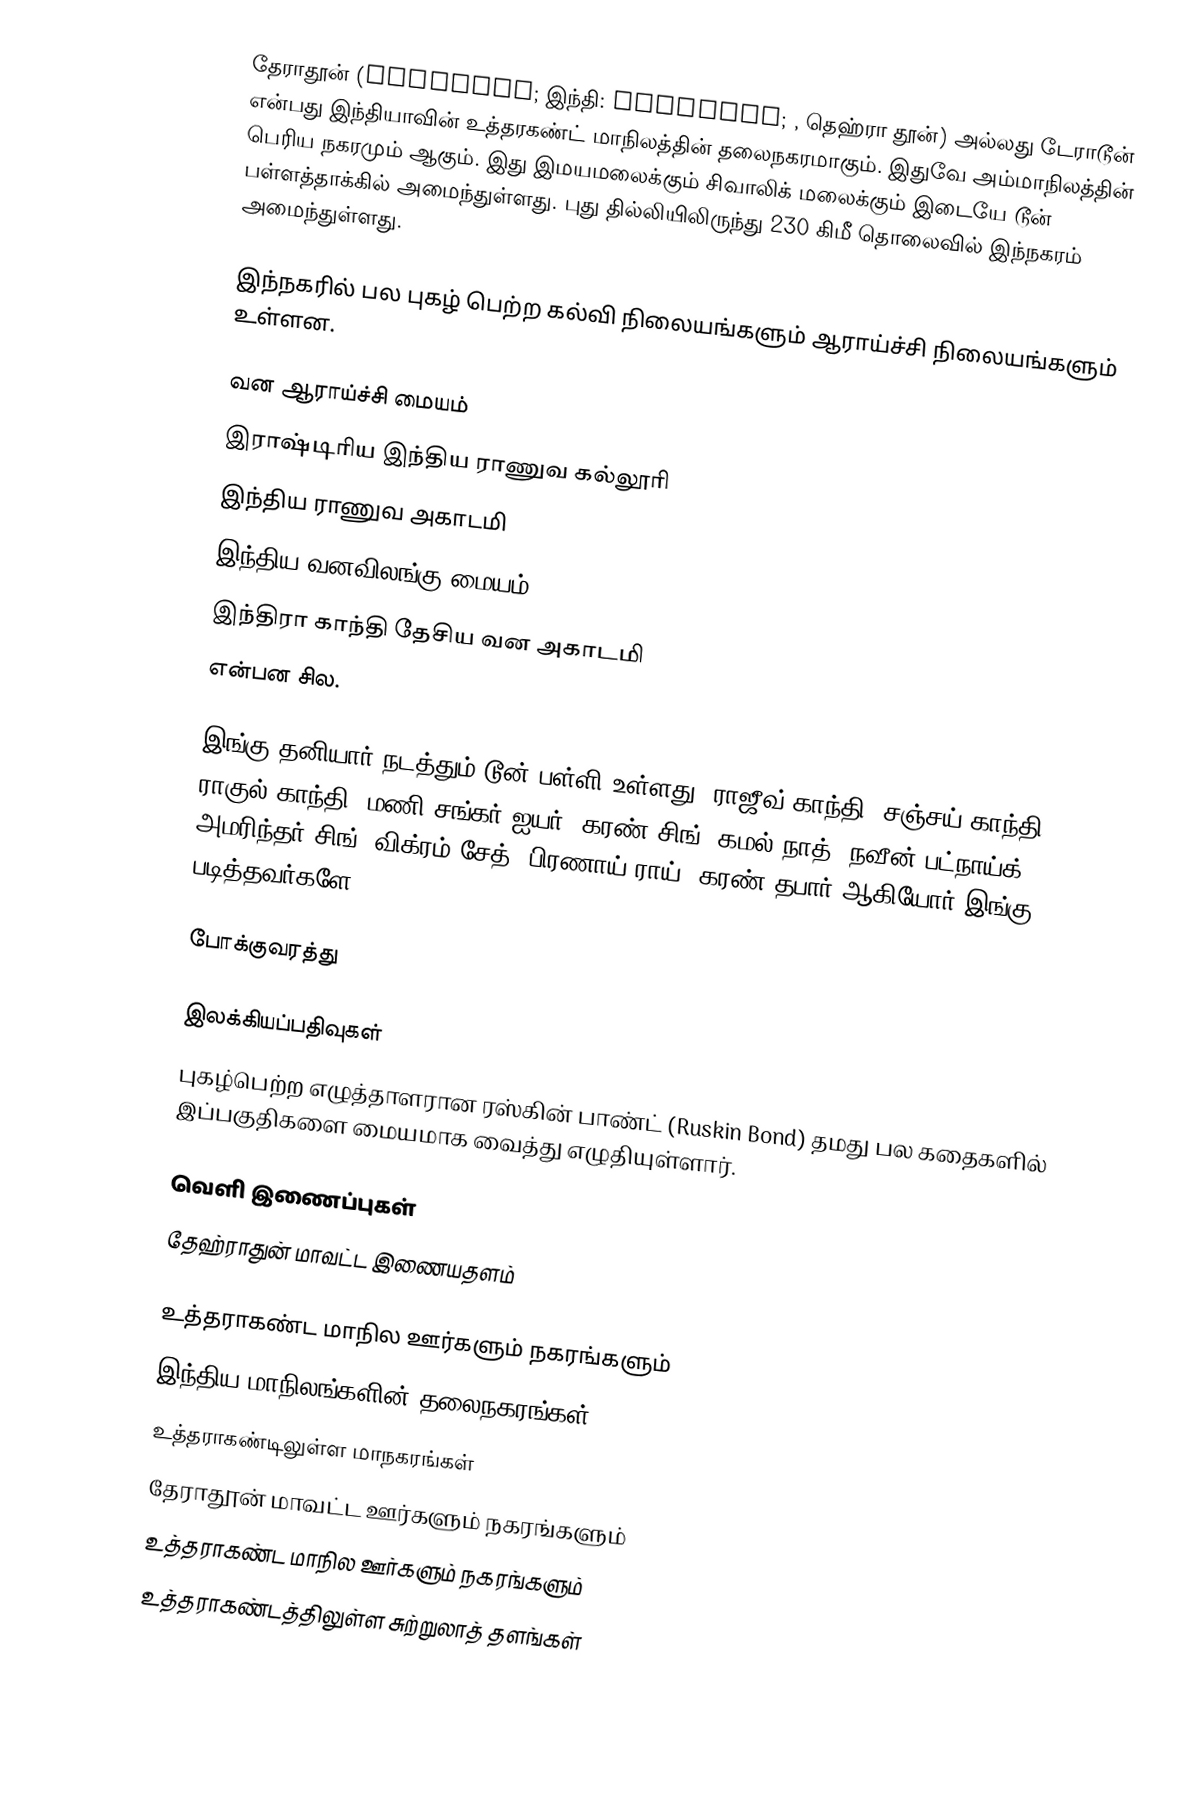
தேராதூன் (Dehradun; இந்தி: देहरादून; , தெஹ்ரா தூன்) அல்லது டேராடூன் என்பது இந்தியாவின் உத்தரகண்ட் மாநிலத்தின் தலைநகரமாகும். இதுவே அம்மாநிலத்தின் பெரிய நகரமும் ஆகும். இது இமயமலைக்கும் சிவாலிக் மலைக்கும் இடையே டூன் பள்ளத்தாக்கில் அமைந்துள்ளது. புது தில்லியிலிருந்து 230 கிமீ தொலைவில் இந்நகரம் அமைந்துள்ளது.

இந்நகரில் பல புகழ் பெற்ற கல்வி நிலையங்களும் ஆராய்ச்சி நிலையங்களும் உள்ளன.

 வன ஆராய்ச்சி மையம்
 இராஷ்டிரிய இந்திய ராணுவ கல்லூரி
 இந்திய ராணுவ அகாடமி
 இந்திய வனவிலங்கு மையம்
 இந்திரா காந்தி தேசிய வன அகாடமி
என்பன சில.

இங்கு தனியார் நடத்தும் டூன் பள்ளி உள்ளது. ராஜீவ் காந்தி, சஞ்சய் காந்தி, ராகுல் காந்தி, மணி சங்கர் ஐயர், கரண் சிங், கமல் நாத், நவீன் பட்நாய்க், அமரிந்தர் சிங், விக்ரம் சேத், பிரணாய் ராய், கரண் தபார் ஆகியோர் இங்கு படித்தவர்களே.

போக்குவரத்து

இலக்கியப்பதிவுகள்
புகழ்பெற்ற எழுத்தாளரான ரஸ்கின் பாண்ட் (Ruskin Bond) தமது பல கதைகளில் இப்பகுதிகளை மையமாக வைத்து எழுதியுள்ளார்.

வெளி இணைப்புகள்
 தேஹ்ராதுன் மாவட்ட இணையதளம்

உத்தராகண்ட மாநில ஊர்களும் நகரங்களும்
இந்திய மாநிலங்களின் தலைநகரங்கள்
உத்தராகண்டிலுள்ள மாநகரங்கள்
தேராதூன் மாவட்ட ஊர்களும் நகரங்களும்
உத்தராகண்ட மாநில ஊர்களும் நகரங்களும்
உத்தராகண்டத்திலுள்ள சுற்றுலாத் தளங்கள்